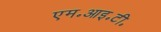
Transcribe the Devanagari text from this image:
एम॰आइ॰टी॰